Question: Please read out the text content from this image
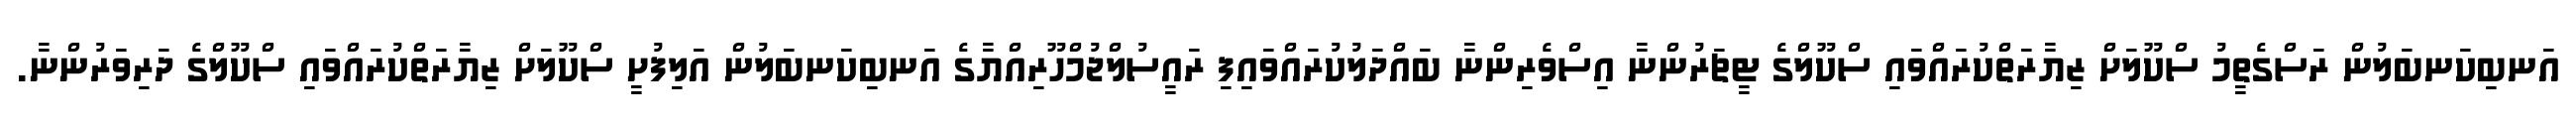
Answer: އަނބިކަނބަލުން ރަސްގެތީމު ސްކޫލަށް ޒިޔާރަތްކުރައްވައި ސްކޫލްގެ ޓީޗަރުންނާ އިސްވެރިންނާ ބައްދަލުކުރައްވައިފި ރައީސުލްޖުމްހޫރިއްޔާގެ އަނބިކަނބަލުން އަލިފުށީ ސްކޫލަށް ޒިޔާރަތްކުރައްވައި ސްކޫލްގެ ދަރިވަރުންނާ.